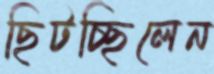
ছিটচ্ছিলেন